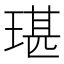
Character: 㻣